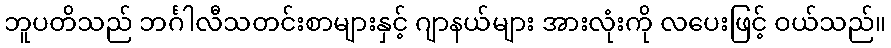
ဘူပတိသည် ဘင်္ဂါလီသတင်းစာများနှင့် ဂျာနယ်များ အားလုံးကို လပေးဖြင့် ဝယ်သည်။